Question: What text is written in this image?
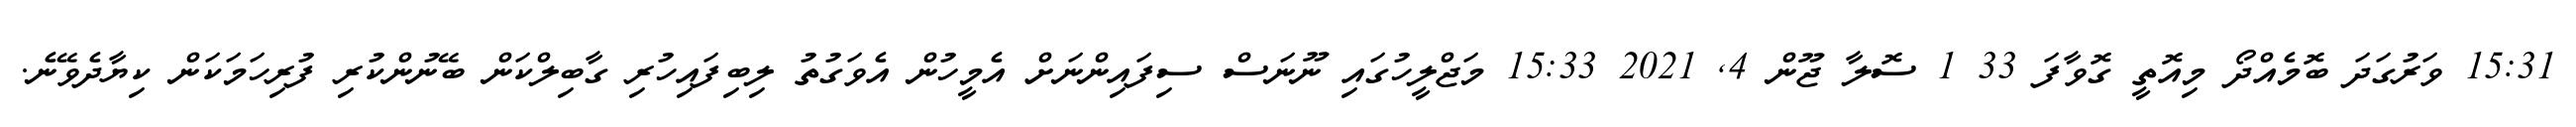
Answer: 15:31 ވަރުގަދަ ބޮމެއްދޯ މިއޮތީ ގޮވާފަ 33 1 ސޮލާ ޖޫން 4, 2021 15:33 މަޖްލީހުގައި ނޫނަސް ސިފައިންނަށް އެމީހުން އެވަގުތު ލިބިފައިހުރި ގާބިލްކަން ބޭނުންކުރި ފުރިހަމަކަން ކިޔާދެވޭނެ.